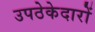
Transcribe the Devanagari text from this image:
उपठेकेदारों